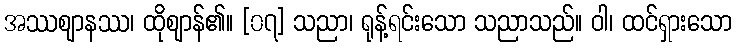
အဿဈာနဿ၊ ထိုဈာန်၏။ [၀၇] သညာ၊ ရုန့်ရင်းသော သညာသည်။ ဝါ၊ ထင်ရှားသော